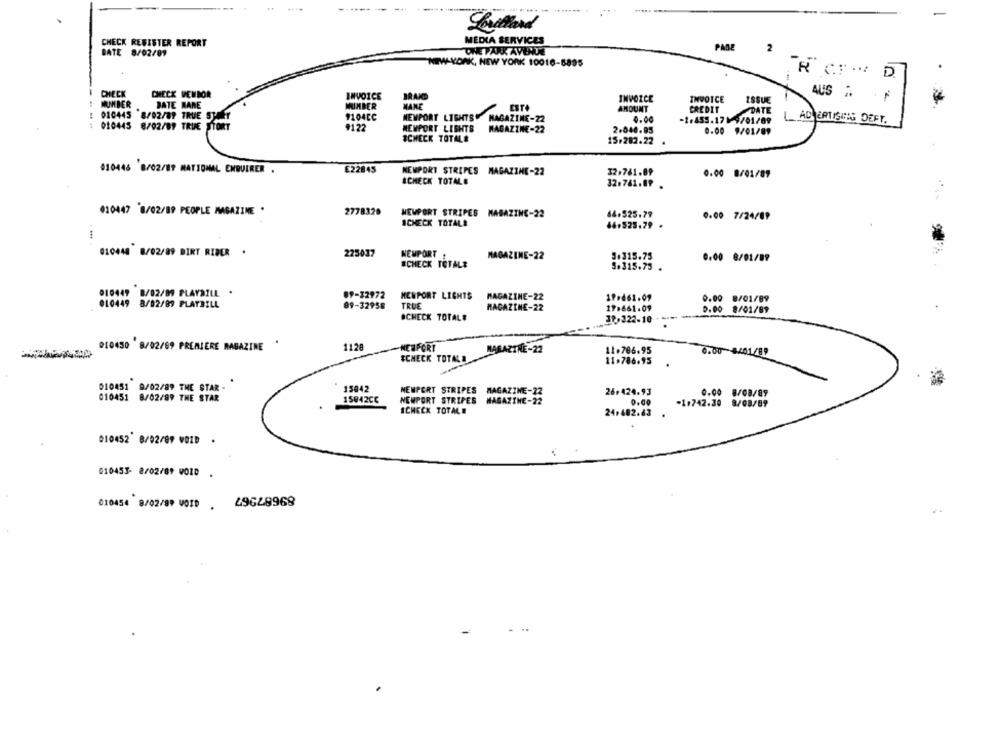
Levillard
CHECK REGISTER REPORT
MEDIA SERVICES
BATE 8/02/09
THE PARK AVENUE
PASE
2
NEW YORK, NEW YORK 10016-6895
D
CHECK
CHECK VEWBOR
INVOICE
BRAND
AUS .
NUMBER
DATE MANE
INVOICE
IHROTCE
ISSUE
NUMBER
MANE
ESTA
AMOUNT
CREDIT
DATE
010445 8/02/89 TRUE ST
1104CC
NEWPORT LIGHTS
MAGAZINE-22
0.00
---
010445 8/02/89 TRUE STO
9122
-1.455.171 9/01/09
LAD ERTISING DEFT.
NEWPORT LIGHTS
MAGAZINE-22
2.040.85
0.00 9/01/89
SCHECK TOTALE
15.282.22
010446 8/02/87 NATIONAL ENQUIRER .
E22845
NEWPORT STRIPES MAGAZINE-22
32.761.89
0.00 8/01/89
SCHECK TOTALE
32.761.09 .
010447 8/02/89 PEOPLE MAGAZINE .
2778320
NEWPORT STRIPES MAGAZINE-22
66.525.79
0.00 7/24/09
ACHECK TOTALE
46.525.79 .
. ...
010448 8/02/89 DIRT RIBER .
225037
NEWPORT !
MAGAZINE-22
9+315.75
0.00 8/01/89
#CHECK TOTALE
5.315.75 .
010449 8/02/89 PLAYBILL
09-32972
MENPORT LIGHTS
MAGAZINE-22
19.661.07
010449 8/02/87 PLAYBILL
89-32958
TRUE
0.00 8/01/89
MAGAZINE-22
17.661.09
0.00
8/01/89
SCHECK TOTAL#
010450 8/02/69 PREMIERE MAGAZINE
.
1128
NEWPORT
MAGAZINE-22
11.786.95
0.00 4/01/89
ECHECK TOTALE
11.786.95
010451
9/02/89 THE STAR -
15842
NEWPORT STRIPES MAGAZINE-22
26.424.93
0.00 8/08/89
010451
8/02/89 THE STAR
15042CC
NEWPORT STRIPES MAGAZINE-22
0.00
-1.742.30 8/08/89
ICHECK TOTALE
24,482.63
010452 8/02/87 VOID .
010453- 2/02/89 VOID .
010454 8/02/99 VOID . 49628968